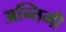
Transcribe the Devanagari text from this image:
अन्तिमी